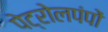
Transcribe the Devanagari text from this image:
पेट्रोलपंपों